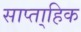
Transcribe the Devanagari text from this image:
साप्ता्हिक